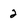
Character: 2